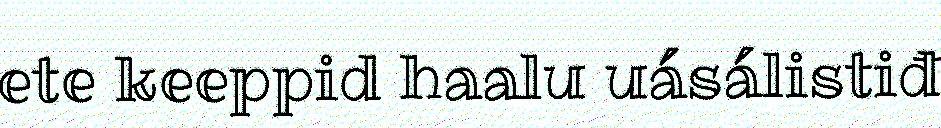
ete keeppid haalu uásálistiđ